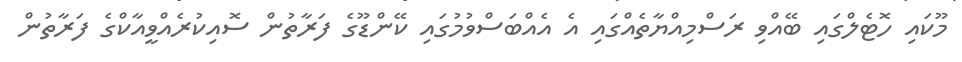
މޫކައި ހޮޓެލްގައި ބޭއްވި ރަސްމިއްޔާތެއްގައި އެ އެއްބަސްވުމުގައި ކޭންޑޫގެ ފަރާތުން ސޮއިކުރެއްވީއާކްގެ ފަރާތުން